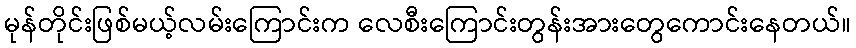
မုန်တိုင်းဖြစ်မယ့်လမ်းကြောင်းက လေစီးကြောင်းတွန်းအားတွေကောင်းနေတယ်။